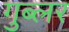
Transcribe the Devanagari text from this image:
गुब्लर